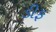
ડીફ